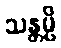
သန္တမ္ပိ